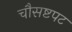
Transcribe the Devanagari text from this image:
चौसष्टपट